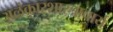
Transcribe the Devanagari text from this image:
अलंकारशास्त्राचार्य